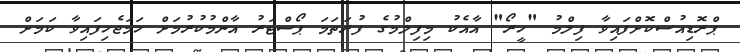
ޕްރޮޑިއުސްކޮށްފައިވާ ފިލްމު "ހީރޯ" އާއެކު މިފިލްމުގެ ފުރަތަމަ ޕޯސްޓަރު އާންމުކުރުމަށް ހަމަޖެހިފައިވާ ކަމަށް